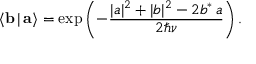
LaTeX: \langle { \bf b } \, | \, { \bf a } \rangle = \exp \left( - \frac { | a | ^ { 2 } + | b | ^ { 2 } - 2 b ^ { * } \, a } { 2 \hbar \nu } \right) .